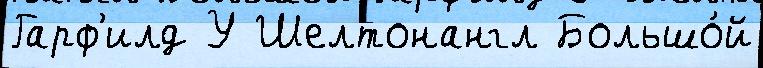
Гарф'илд У Шелтонангл Большо́й